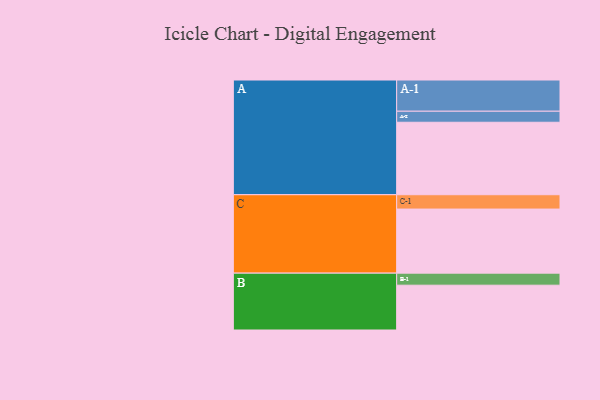
{"axis": {"x": "Segment", "y": "Value"}, "legend": ["", "A", "B", "C"], "data": [{"x": "A", "y": 571, "type": ""}, {"x": "B", "y": 353, "type": ""}, {"x": "C", "y": 505, "type": ""}, {"x": "A-1", "y": 246, "type": "A"}, {"x": "A-2", "y": 87, "type": "A"}, {"x": "B-1", "y": 95, "type": "B"}, {"x": "C-1", "y": 113, "type": "C"}]}